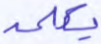
يكلمه